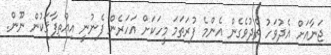
ޖަނާއަށް އެދުވަހު ތެދުވެގެން އެންމެ ފުރަތަމަ މީހަކަށް އަހަރެން ފެނުނީ އިއްތިފާޤަކުން ނޫން.